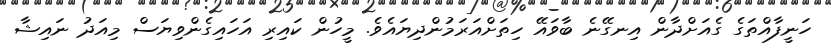
ހަނީފާއްތަގެ ގެއަށްދާން އިނގޭނެ ބާވައޭ ހިތަށްއަރަމުންދިޔައެވެ. މީހުން ކައިރި އަހައިގެންވިޔަސް މިއަދު ނައިޝާ